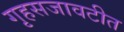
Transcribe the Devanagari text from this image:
गृहसजावटीत